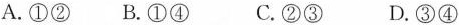
A.①② B.①④ C.②③ D.③④